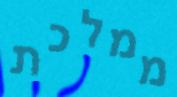
ממלכת